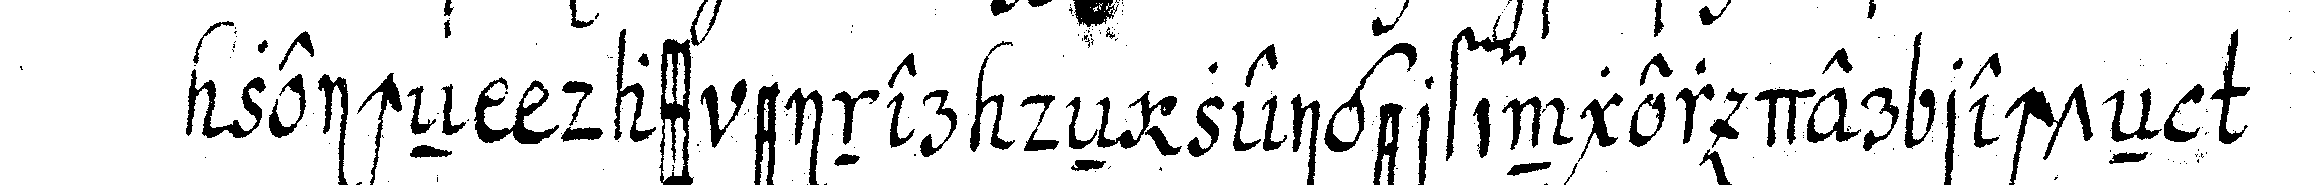
zeicheN dass einer deN zeigerfinger der rechteN